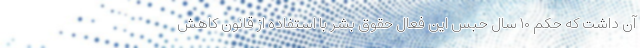
آن داشت که حکم ۱۰ سال حبس این فعال حقوق بشر با استفاده از قانون کاهش